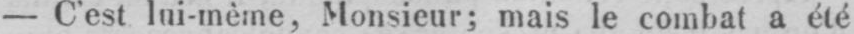
- C’est lui-même. Monsieur; mais le combat a été